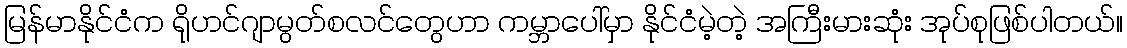
မြန်မာနိုင်ငံက ရိုဟင်ဂျာမွတ်စလင်တွေဟာ ကမ္ဘာပေါ်မှာ နိုင်ငံမဲ့တဲ့ အကြီးမားဆုံး အုပ်စုဖြစ်ပါတယ်။